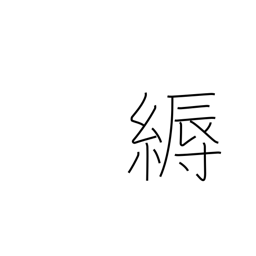
Meaning: decoration